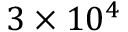
3 \times 1 0 ^ { 4 }